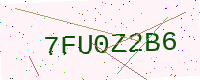
Text: 7FU0Z2B6